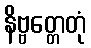
နိဗ္ဗတ္တေတုံ